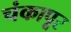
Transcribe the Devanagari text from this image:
चंकापूर